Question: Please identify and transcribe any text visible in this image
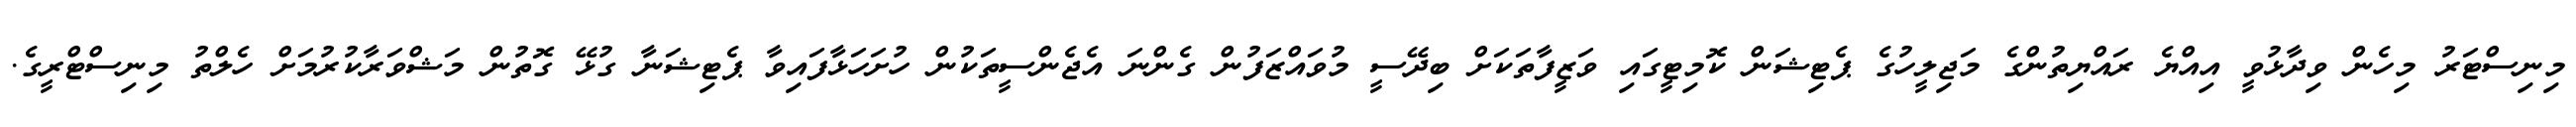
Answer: މިނިސްޓަރު މިހެން ވިދާޅުވީ އިއްޔެ ރައްޔިތުންގެ މަޖިލީހުގެ ޕެޓިޝަން ކޮމިޓީގައި ވަޒީފާތަކަށް ބިދޭސީ މުވައްޒަފުން ގެންނަ އެޖެންސީތަކުން ހުށަހަޅާފައިވާ ޕެޓިޝަނާ ގުޅޭ ގޮތުން މަޝްވަރާކުރުމަށް ހެލްތު މިނިސްޓްރީގެ.